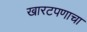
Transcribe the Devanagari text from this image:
खारटपणाचा